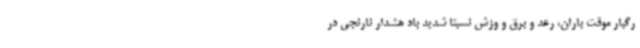
رگبار موقت باران، رعد و برق و وزش نسبتا شدید باد هشدار نارنجی در